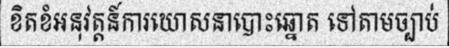
ខិតខំអនុវត្តន៍ការឃោសនាបោះឆ្នោត ទៅតាមច្បាប់